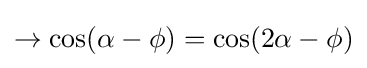
\rightarrow \cos(\alpha -\phi )=\cos(2\alpha -\phi )